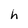
Character: h